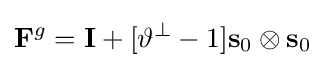
\mathbf {F} ^{g}=\mathbf {I} +[\vartheta ^{\perp }-1]\mathbf {s} _{0}\otimes \mathbf {s} _{0}